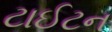
ટાઈટન